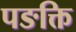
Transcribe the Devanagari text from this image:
पङक्ति